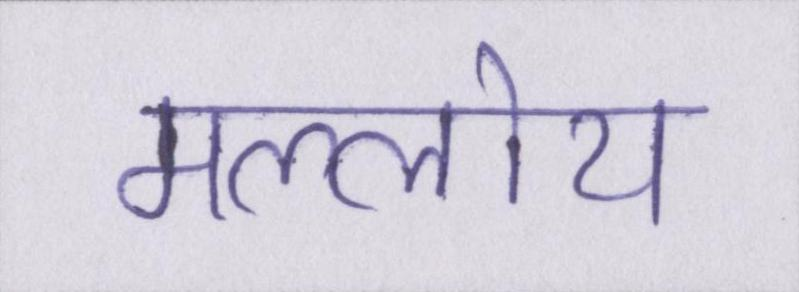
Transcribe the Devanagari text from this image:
मल्लोय